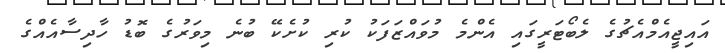
އައިޖީއެމްއެޗުގެ ލެބޯޓަރީގައި އެންމެ މުވައްޒަފަކު ކުރި ކުށެކޭ ބުނެ މިވަރުގެ ބޮޑު ހާދިސާއެއްގެ